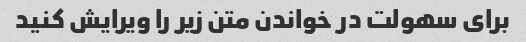
برای سهولت در خواندن متن زیر را ویرایش کنید